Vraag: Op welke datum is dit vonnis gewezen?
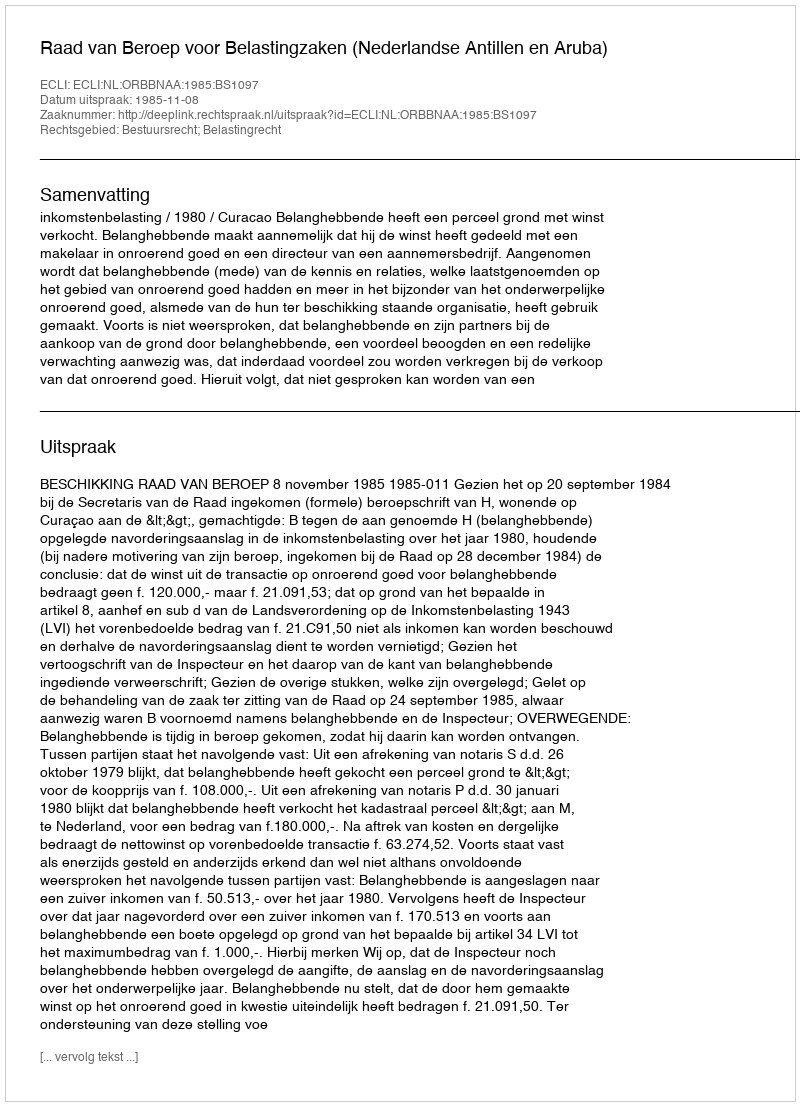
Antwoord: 1985-11-08